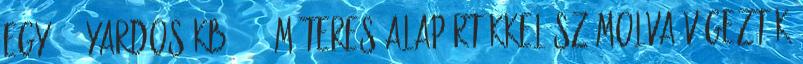
egy 400 yardos kb. 365 méteres alapértékkel számolva végezték